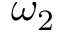
\omega _ { 2 }